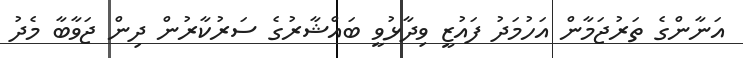
އަނާންގެ ތަރުޖަމާން އަހުމަދު ފައުޒީ ވިދާޅުވީ ބައްޝާރުގެ ސަރުކާރުން ދިން ޖަވާބާ މެދު